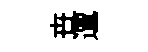
卋邅